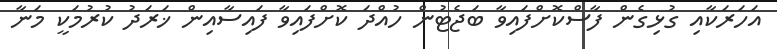
އަހަރަކާއި ގުޅިގެން ފާސްކޮށްފައިވާ ބަޖެޓުން ހުއްދަ ކޮށްފައިވާ ފައިސާއިން ޚަރަދު ކުރުމަކީ މަނާ